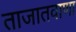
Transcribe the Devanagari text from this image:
ताजातवाणा